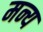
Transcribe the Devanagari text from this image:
मन्य